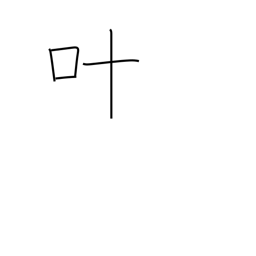
Meaning: grant